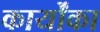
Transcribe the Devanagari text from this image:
कार्योंका